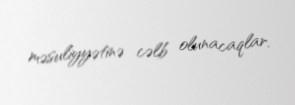
məsuliyyətinə cəlb olunacaqlar.